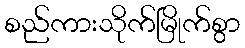
စည်ကားသိုက်မြိုက်စွာ